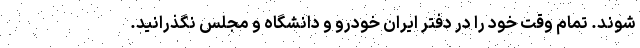
شوند. تمام وقت خود را در دفتر ایران خودرو و دانشگاه و مجلس نگذرانید.